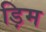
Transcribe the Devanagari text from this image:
ड़िम